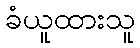
ခံယူထားသူ